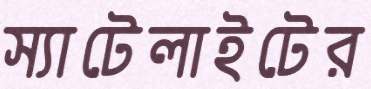
স্যাটেলাইটের